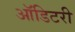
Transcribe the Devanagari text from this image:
ऑडिटरी